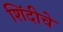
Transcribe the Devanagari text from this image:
शिंदीचे